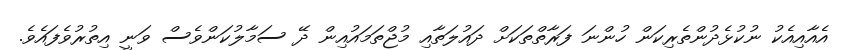
އެއާއިއެކު ނުކުޅެދުންތެރިކަން ހުންނަ ފަރާތްތަކަށް ދައުލަތާއި މުޖްތަމައުއިން ދޭ ސަމާލުކަންވެސް ވަނީ އިތުރުވެފައެވެ.